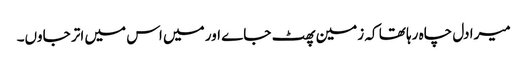
میرا دل چاہ رہا تھا کہ زمین پھٹ جاے اور میں اس میں اتر جاوں۔